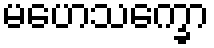
မဟေသက္ခော